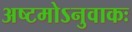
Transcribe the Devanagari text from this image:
अष्टमोऽनुवाकः